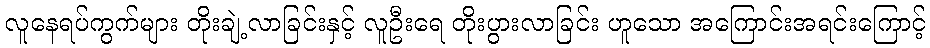
လူနေရပ်ကွက်များ တိုးချဲ့လာခြင်းနှင့် လူဦးရေ တိုးပွားလာခြင်း ဟူသော အကြောင်းအရင်းကြောင့်